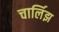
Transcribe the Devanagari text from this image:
चार्लिझ